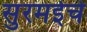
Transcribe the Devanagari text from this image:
सुरमईचे